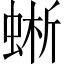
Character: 蜥